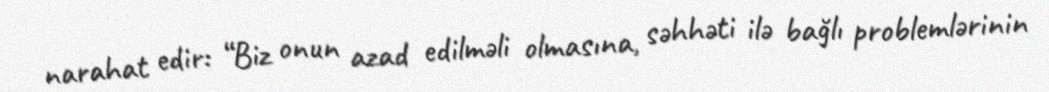
narahat edir: “Biz onun azad edilməli olmasına, səhhəti ilə bağlı problemlərinin